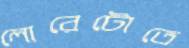
লোরেটোতে